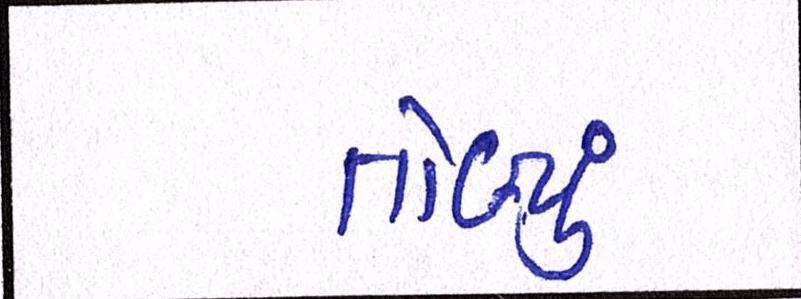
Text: તોળ્યું